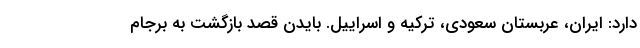
دارد: ایران، عربستان سعودی، ترکیه و اسراییل. بایدن قصد بازگشت به برجام